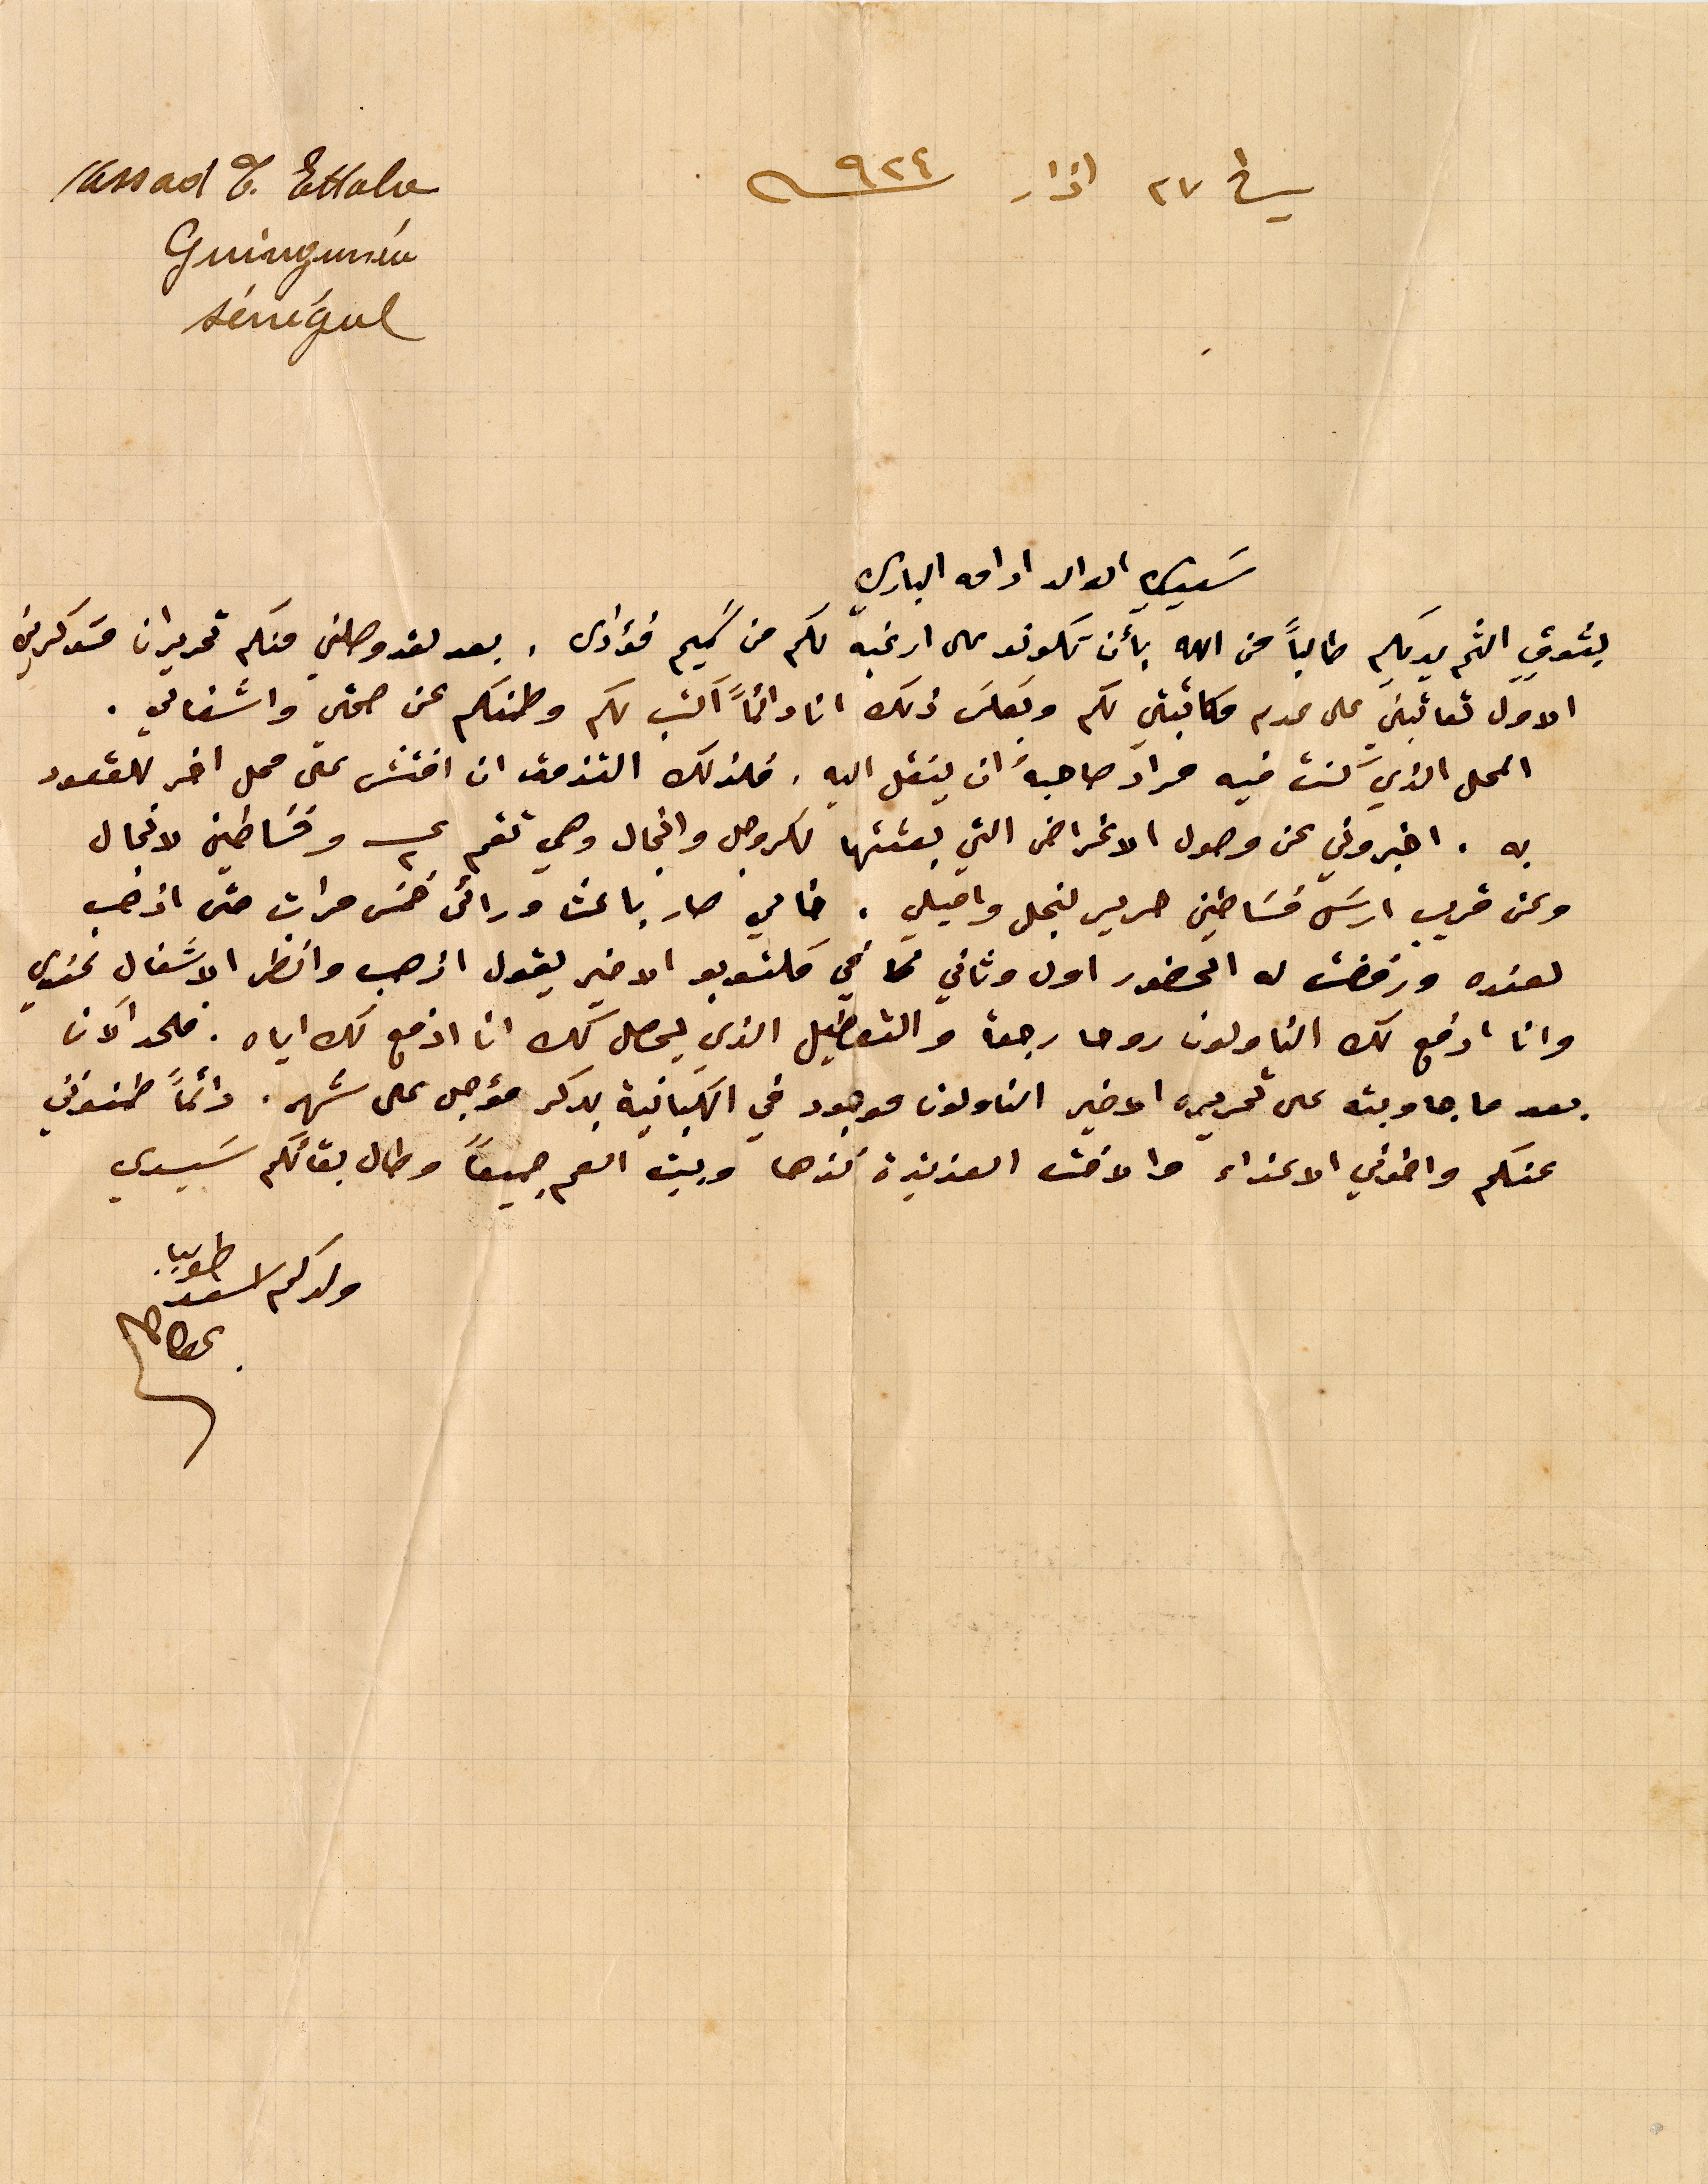
في ٢٧ اذار ٩٢٤
سيدي الوالد ادامه الباري
بشوقٍ الثم يديكم طالباً من الله بأن تكونو على ارغبه لكم من سَميم فؤادى. بعد لقد وصلني عنكم تحريران مسَوكرين
الاول تعاتبني على عدم مكاتبتي لكم وبعكسَ ذلك انا دائماً اكتب لكم وطمنكم عن صحتي واشغالي.
المحل الذي كنت فيه مراد صاحبه ان ينقل اليه. فلذلك التزمت ان افتش على محل اخر للقعود
به. اخبروني عن وصول الاغراض التي بعثتها لكروجل وانجال وهي تقم ع٢ وفساطين لانجال
وعن قريب ارسل فساطين حرير لنجلى واميلى. خالي صار باعث ورائى خمس مرات حتى اذهب
لعنده ورفضت له الحضور اول وثاني في مكتوبو الاخير يقول اذهب وانظر الاشغال عندي
وانا ادفع لك الناولون روحا رجعة والتعطيل الذي يحصل كله انا ادفع لك اياه. فلحد الان
بعد ما جاوبته على تحريره الاخير الناولون موجود في الكبانية بدكر مؤجل على شهر. دائماً طمنوني
عنكم واخوتي الاعزاء والاخت العزيزة نزها وبيت العم جميعاً وطال بقائكم سَيدي
ولدكم اسعد طوبيا